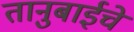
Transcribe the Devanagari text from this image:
तानुबाईचे